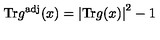
\mathrm { T r } g ^ { \mathrm { a d j } } ( x ) = \left| \mathrm { T r } g ( x ) \right| ^ { 2 } - 1